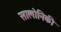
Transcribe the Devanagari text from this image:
सालोनिकी